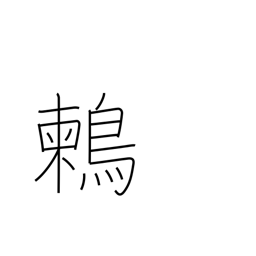
Meaning: (kokuji)